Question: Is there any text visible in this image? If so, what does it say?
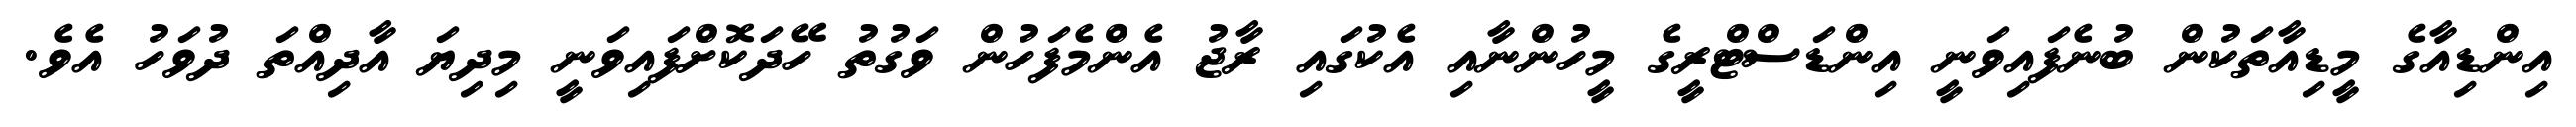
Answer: އިންޑިއާގެ މީޑިއާތަކުން ބުނެފައިވަނީ އިންޑަސްޓްރީގެ މީހުންނާއި އެކުގައި ރާޖު އެންމެފަހުން ވަގުތު ހޭދަކޮށްފައިވަނީ މިދިޔަ އާދިއްތަ ދުވަހު އެވެ.